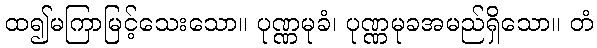
ထ၍မကြာမြင့်သေးသော။ ပုဏ္ဏမုခံ၊ ပုဏ္ဏမုခအမည်ရှိသော။ တံ